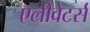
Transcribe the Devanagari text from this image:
एलीवेटर्स